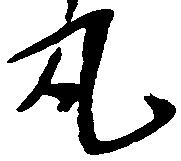
丸